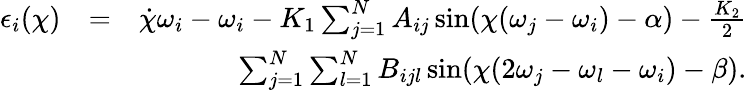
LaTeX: \begin{array}{rlr}{\epsilon_{i}(\chi)}&{=}&{\dot{\chi}\omega_{i}-\omega_{i}-K_{1}\sum_{j=1}^{N}A_{ij}\sin(\chi(\omega_{j}-\omega_{i})-\alpha)-\frac{K_{2}}{2}}\\ &{}&{\sum_{j=1}^{N}\sum_{l=1}^{N}B_{ijl}\sin(\chi(2\omega_{j}-\omega_{l}-\omega_{i})-\beta).}\end{array}